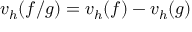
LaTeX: v _ { h } ( f / g ) = v _ { h } ( f ) - v _ { h } ( g )